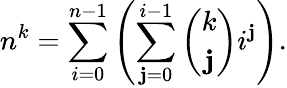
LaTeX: n^{k}=\sum_{i=0}^{n-1}\left(\sum_{\mathbf{j}=0}^{i-1}{\binom{k}{\mathbf{j}}}i^{\mathbf{j}}\right).